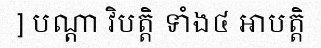
] បណ្តា វិបត្តិ ទាំង៤ អាបត្តិ